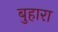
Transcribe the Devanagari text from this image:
बुहारा